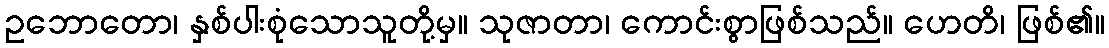
ဥဘောတော၊ နှစ်ပါးစုံသောသူတို့မှ။ သုဇာတာ၊ ကောင်းစွာဖြစ်သည်။ ဟေတိ၊ ဖြစ်၏။